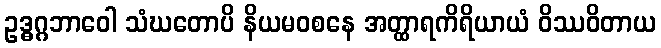
ဥဒ္ဓဂ္ဂဘာဝေါ သံဃတောပိ နိယမဝစနေ အတ္ထာရကိရိယာယံ ဝိဿဝိတာယ